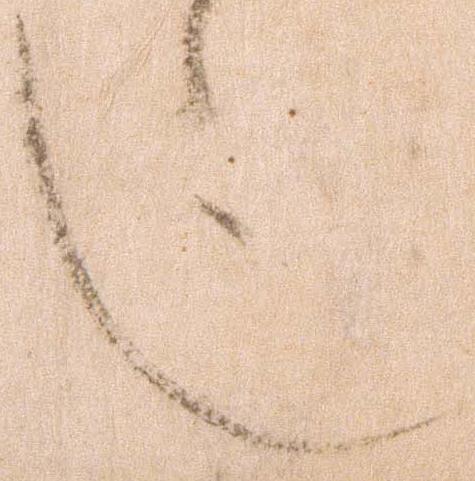
也